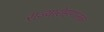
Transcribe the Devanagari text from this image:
राज्यारोहणानंतर